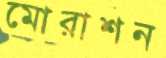
মোরাশন